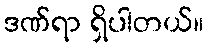
ဒဏ်ရာ ရှိပါတယ်။